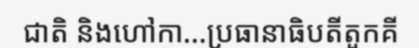
ជាតិ និងហៅកា...ប្រធានាធិបតីតួកគី